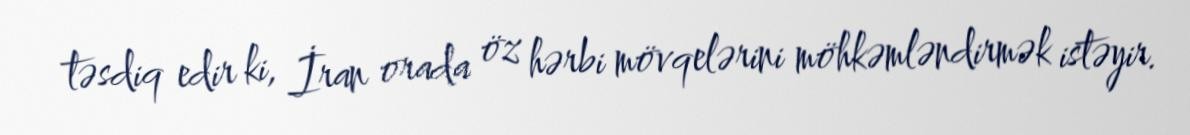
təsdiq edir ki, İran orada öz hərbi mövqelərini möhkəmləndirmək istəyir.